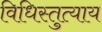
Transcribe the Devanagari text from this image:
विधिस्तुत्याय